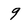
Character: 9